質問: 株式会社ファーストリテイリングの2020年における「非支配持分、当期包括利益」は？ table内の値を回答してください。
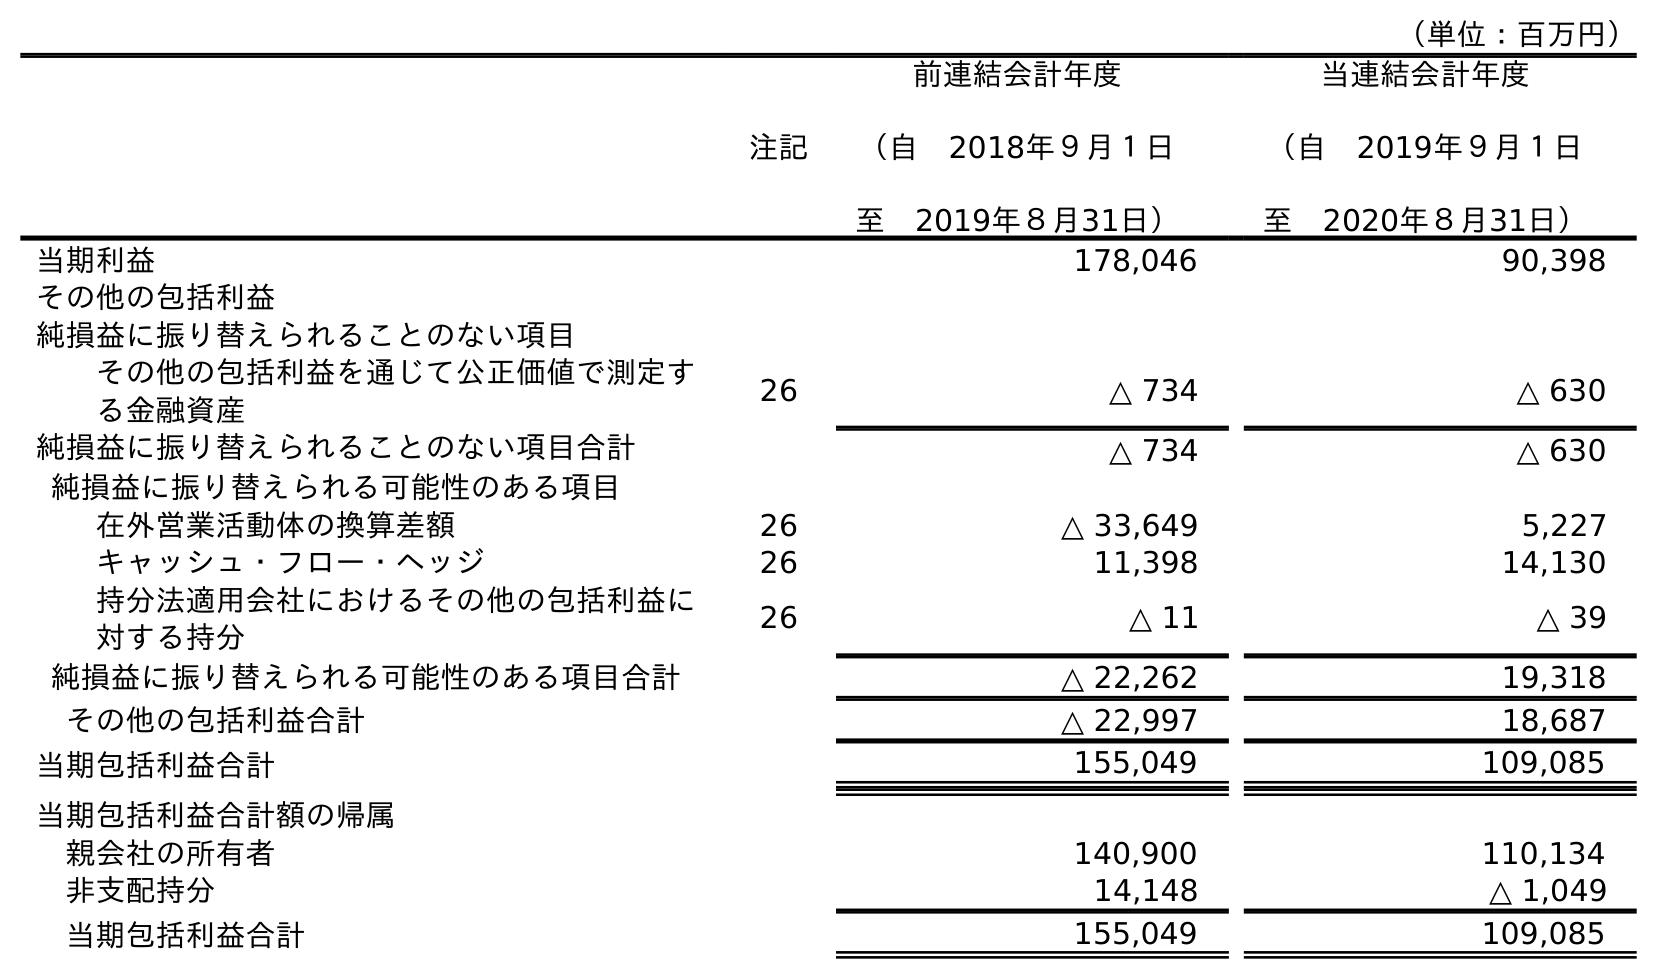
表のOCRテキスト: （単位：百万円） 注記 前連結会計年度 （自 2018年９月１日 至 2019年８月31日） 当連結会計年度 （自 2019年９月１日 至 2020年８月31日） 当期利益 178,046 90,398 その他の包括利益 純損益に振り替えられることのない項目 その他の包括利益を通じて公正価値で測定す る金融資産 26 △ 734 △ 630 純損益に振り替えられることのない項目合計 △ 734 △ 630 純損益に振り替えられる可能性のある項目 在外営業活動体の換算差額 26 △ 33,649 5,227 キャッシュ・フロー・ヘッジ 26 11,398 14,130 持分法適用会社におけるその他の包括利益に 対する持分 26 △ 11 △ 39 純損益に振り替えられる可能性のある項目合計 △ 22,262 19,318 その他の包括利益合計 △ 22,997 18,687 当期包括利益合計 155,049 109,085 当期包括利益合計額の帰属 親会社の所有者 140,900 110,134 非支配持分 14,148 △ 1,049 当期包括利益合計 155,049 109,085
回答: △1,049